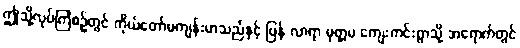
ဤသို့လုပ်ကြံစဉ်တွင် ကိုယ်တော်မကျန်းမာသည်နှင့် ပြန် လာရာ မုတ္တမ ကျေးကင်းရွာသို့ အရောက်တွင်